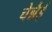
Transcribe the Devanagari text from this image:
चेन्नैई